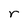
Character: r